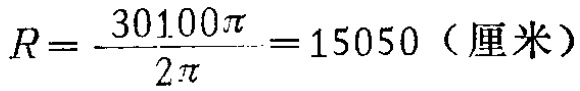
\[R = \frac{30100\pi}{2\pi}=15050 \text{（厘米）}\]